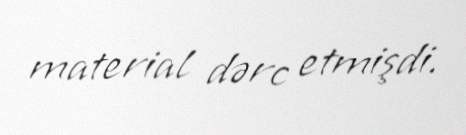
material dərc etmişdi.